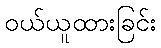
ဝယ်ယူထားခြင်း